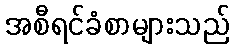
အစီရင်ခံစာများသည်